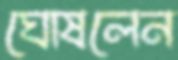
ঘোষলেন